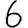
Digit: 6